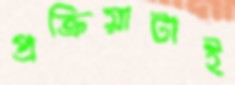
প্রক্রিয়াটাই